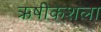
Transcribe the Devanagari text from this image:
ऋषीकेशला